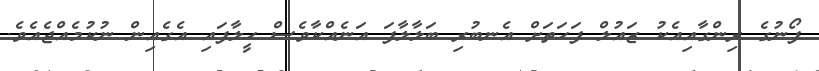
ފޯނުގެ ރިންގާއިއެކު ޒައުލް ފަހަތަށް އެނބުރި ބަލާލާފަ އަނެއްކާވެސް ހީލާފައި އެގެއިން ނުކުމެއްޖެއެވެ.